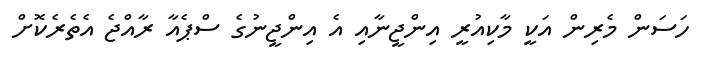
ހަސަން މެރިން އަކީ މާކިއުރީ އިންޖީނާއި އެ އިންޖީނުގެ ސްޕެއާ ރާއްޖެ އެތެރެކޮށް